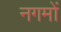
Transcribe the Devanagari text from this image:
नगमों